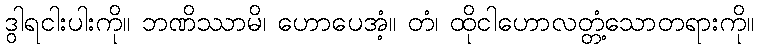
ဒွါရငါးပါးကို။ ဘဏိဿာမိ၊ ဟောပေအံ့။ တံ၊ ထိုငါဟောလတ္တံ့သောတရားကို။